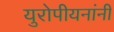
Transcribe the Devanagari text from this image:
युरोपीयनांनी